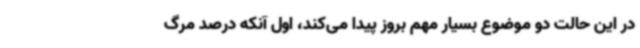
در این حالت دو موضوع بسیار مهم بروز پیدا می‌کند، اول آنکه درصد مرگ